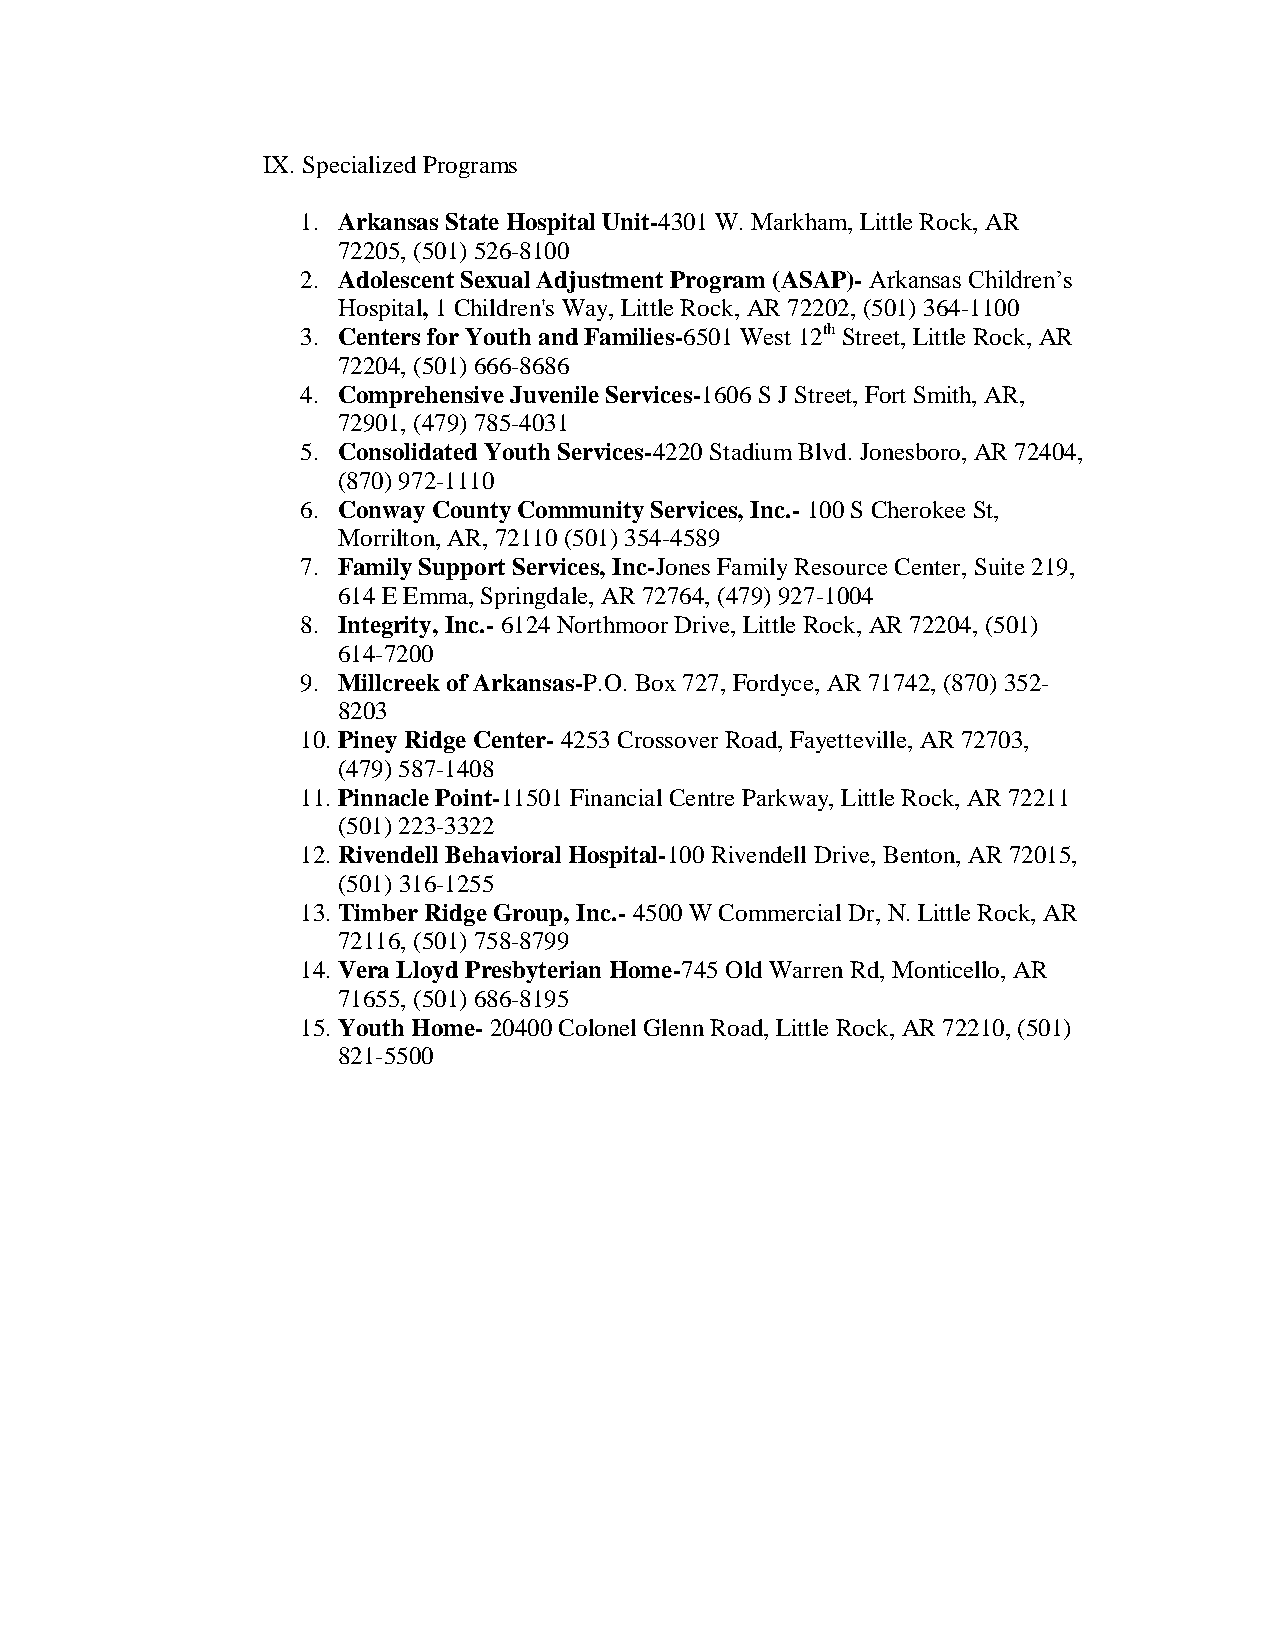
IX. Specialized Programs
 1. Arkansas State Hospital Unit-4301 W. Markham, Little Rock, AR
 72205, (501) 526-8100
 2. Adolescent Sexual Adjustment Program (ASAP)- rkansas Children’s
 Hospital, 1 Children's Way, Little Rock, AR 72202, (501) 364-1100
 3. Centers for Youth and Families-6501 West 12th Street, Little Rock, AR
 72204, (501) 666-8686
 4. Comprehensive Juvenile Services-1606 S J Street, Fort Smith, AR,
 72901, (479) 785-4031
 5. Consolidated Youth Services-4220 Stadium Blvd. Jonesboro, AR 72404,
 (870) 972-1110
 6. Conway County Community Services, Inc.- 100 S Cherokee St,
 Morrilton, AR, 72110 (501) 354-4589
 7. Family Support Services, Inc-Jones Family Resource Center, Suite 219,
 614 E Emma, Springdale, AR 72764, (479) 927-1004
 8. Integrity, Inc.- 6124 Northmoor Drive, Little Rock, AR 72204, (501)
 614-7200
 9. Millcreek of Arkansas-P.O. Box 727, Fordyce, AR 71742, (870) 352-
 8203
 10. Piney Ridge Center- 4253 Crossover Road, Fayetteville, AR 72703,
 (479) 587-1408
 11. Pinnacle Point-11501 Financial Centre Parkway, Little Rock, AR 72211
 (501) 223-3322
 12. Rivendell Behavioral Hospital-100 Rivendell Drive, Benton, AR 72015,
 (501) 316-1255
 13. Timber Ridge Group, Inc.- 4500 W Commercial Dr, N. Little Rock, AR
 72116, (501) 758-8799
 14. Vera Lloyd Presbyterian Home-745 Old Warren Rd, Monticello, AR
 71655, (501) 686-8195
 15. Youth Home- 20400 Colonel Glenn Road, Little Rock, AR 72210, (501)
 821-5500